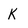
Character: k